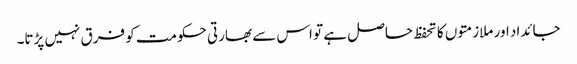
جائداد اور ملازمتوں کا تحفظ حاصل ہے تو اس سے بھارتی حکومت کو فرق نہیں پڑتا۔